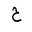
Letter: _ha